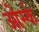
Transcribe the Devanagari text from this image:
ओर्स्क